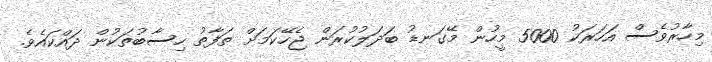
މިހާރުވެސް އަހަރަކު 5000 މީހުން މޭގަނޑު ބަދަލުކުރަން ޖެހޭކަމަށް ތަފާތު ހިސާބުތަކުން ދައްކައެވެ.